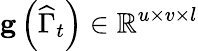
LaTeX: \mathbf{g}\left(\widehat{\Gamma}_{t}\right)\in\mathbb{R}^{u\times v\times l}